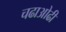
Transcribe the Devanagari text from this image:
चढाओढी